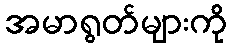
အမာရွတ်များကို